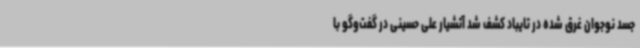
جسد نوجوان غرق شده در تایباد کشف شد آتشیار علی حسینی در گفت‌وگو با